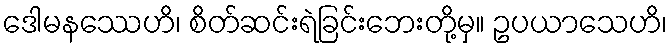
ဒေါမနဿေဟိ၊ စိတ်ဆင်းရဲခြင်းဘေးတို့မှ။ ဥပယာသေဟိ၊